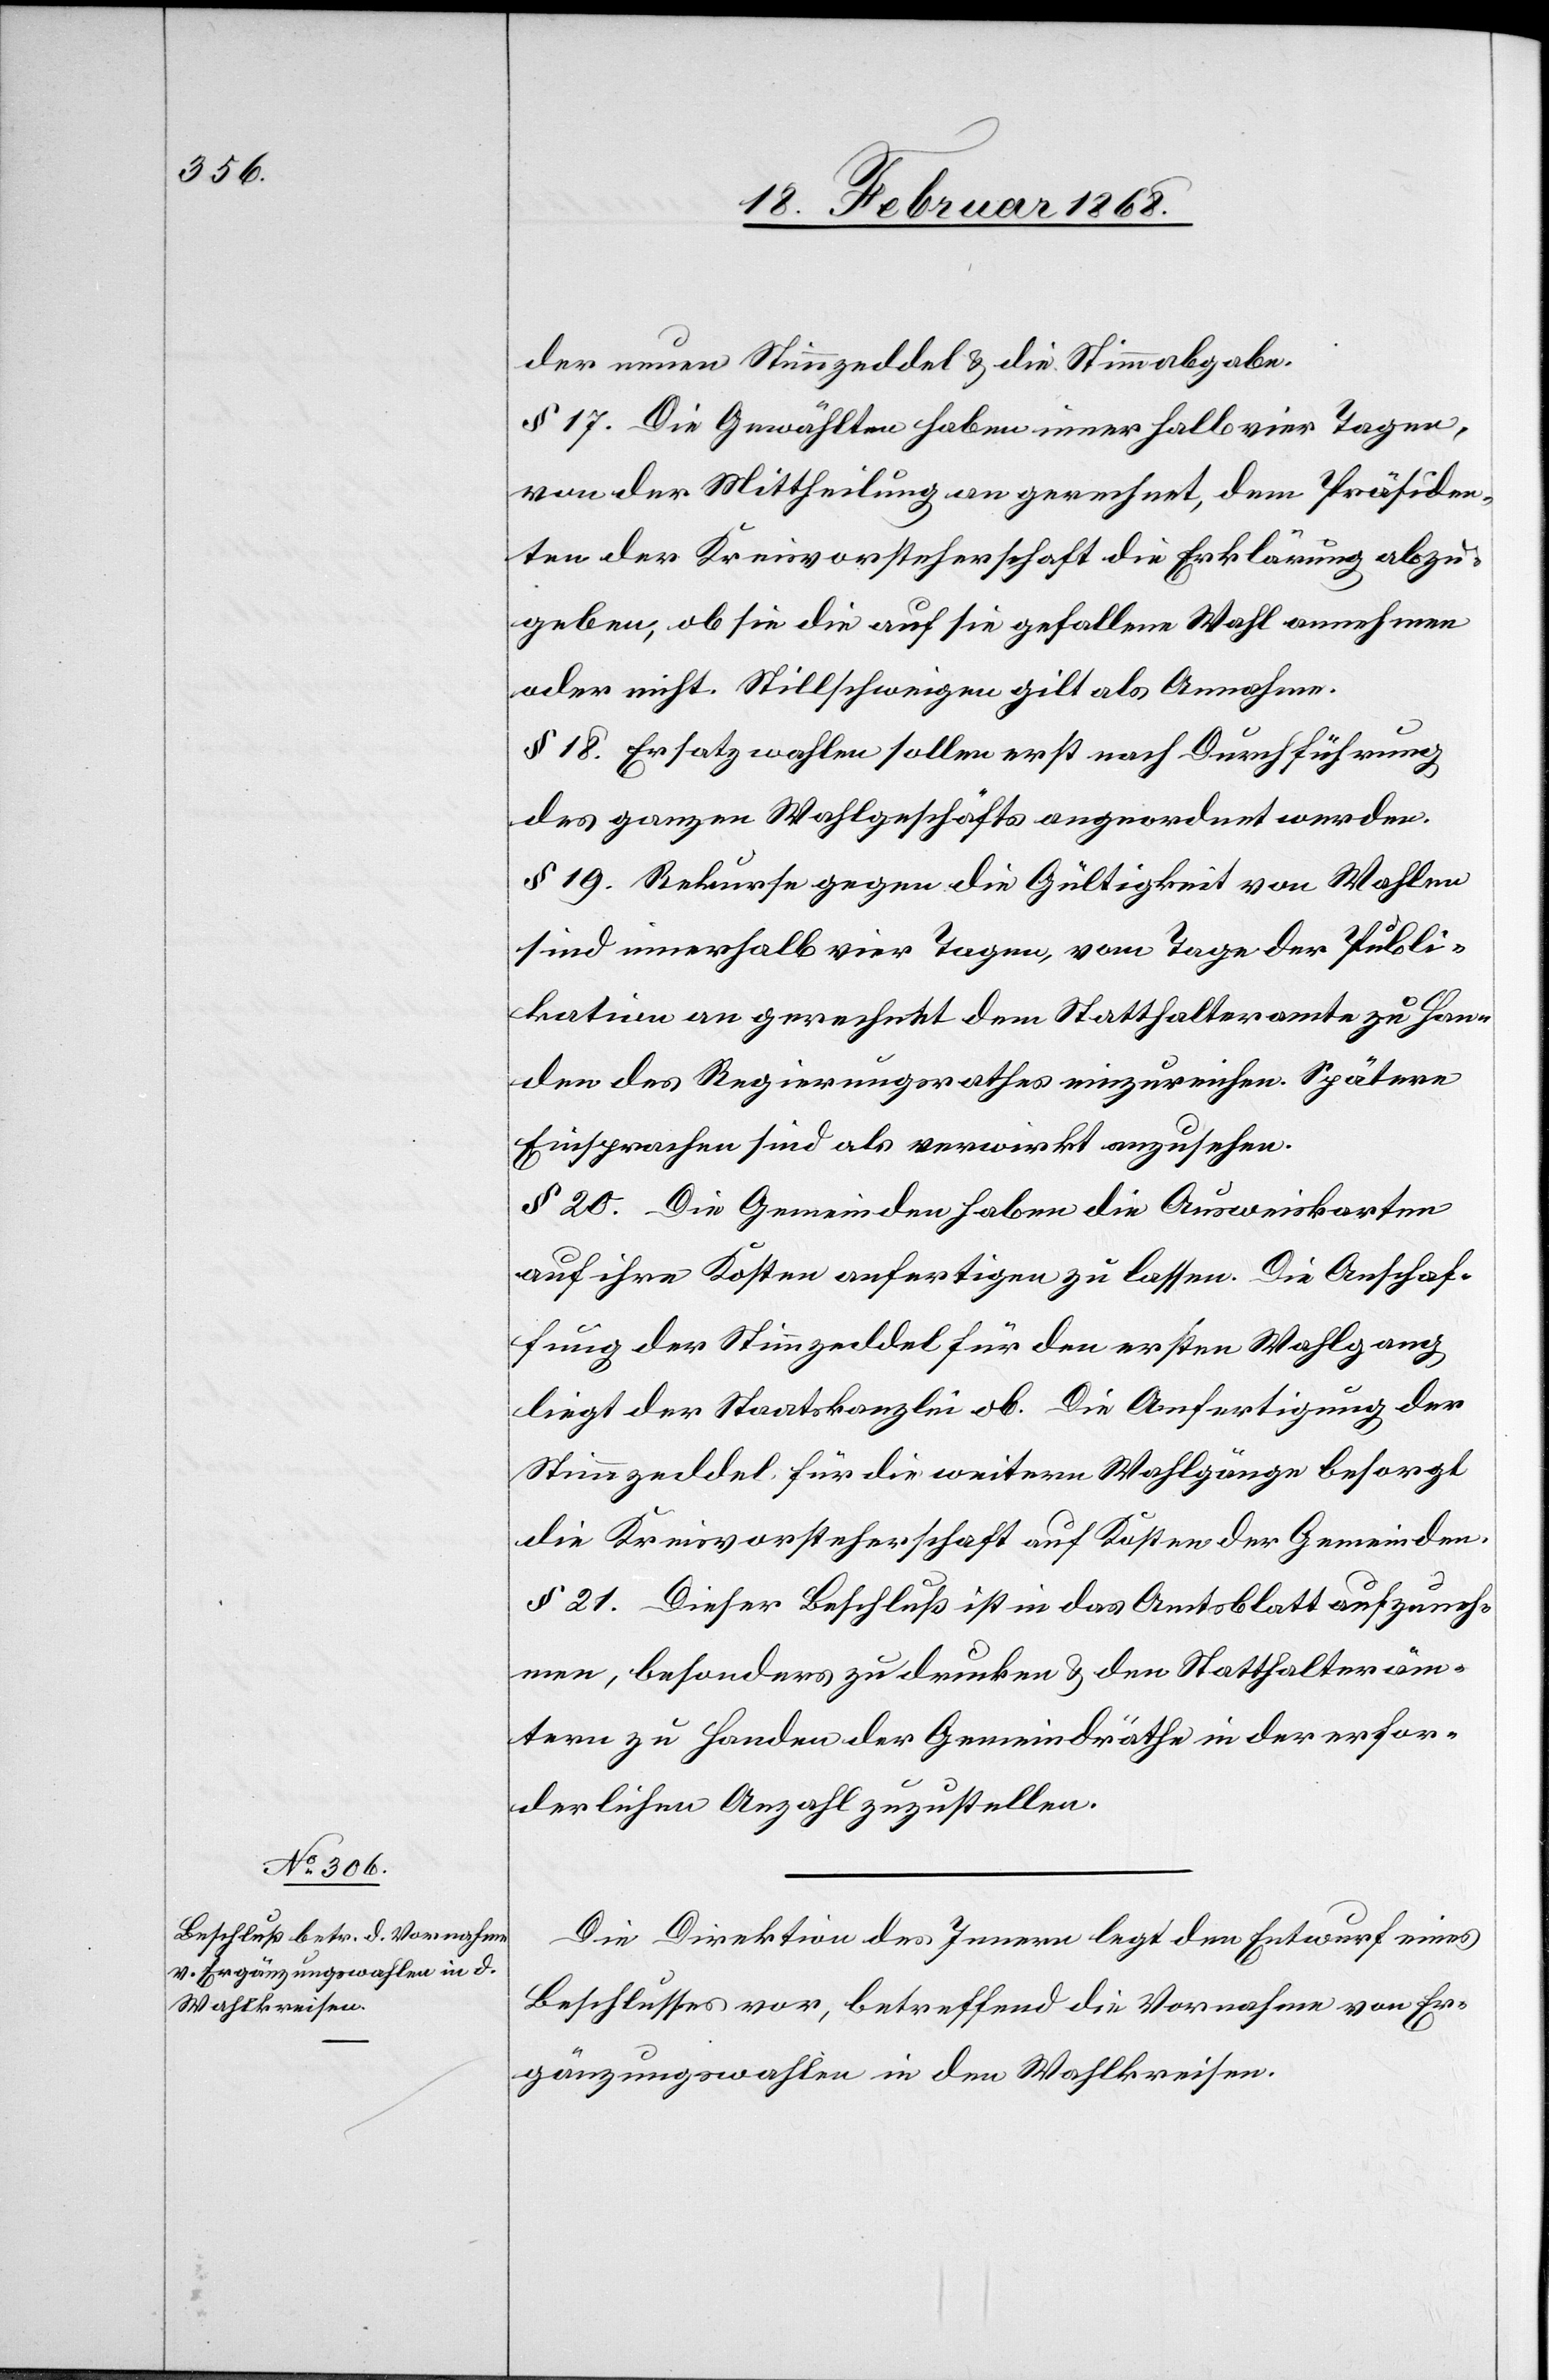
der neuen Stimmzeddel & die Stimmabgabe.
§ 17. Die Gewählten haben innerhalb vier Tagen,
von der Mittheilung an gerechnet, dem Präsiden¬
ten der Kreisvorsteherschaft die Erklärung abzu¬
geben, ob sie die auf sie gefallene Wahl annehmen
oder nicht. Stillschweigen gilt als Annahme.
§ 18. Ersatzwahlen sollen erst nach Durchführung
des ganzen Wahlgeschäfts angeordnet werden.
§ 19. Rekurse gegen die Gültigkeit von Wahlen
sind innerhalb vier Tagen, vom Tage der Publi¬
kation an gerechnet dem Statthalteramte zu Han¬
den des Regierungsrathes einzureichen. Spätere
Einsprachen sind als verwirkt anzusehen.
§ 20. Die Gemeinden haben die Ausweiskarten
auf ihre Kosten anfertigen zu lassen. Die Anschaf¬
fung der Stimmzeddel für den ersten Wahlgang
liegt der Staatskanzlei ob. Die Anfertigung der
Stimmzeddel für die weitern Wahlgänge besorgt
die Kreisvorsteherschaft auf Kosten der Gemeinden.
§ 21. Dieser Beschluß ist in das Amtsblatt aufzuneh¬
men, besonders zu drucken & den Statthalteräm¬
tern zu Handen der Gemeindräthe in der erfor¬
derlichen Anzahl zuzustellen.
Die Direktion des Innern legt den Entwurf eines
Beschlusses vor, betreffend die Vornahme von Er¬
gänzungswahlen in den Wahlkreisen.